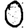
Digit: 0